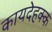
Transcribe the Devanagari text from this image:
कायदेहक्क